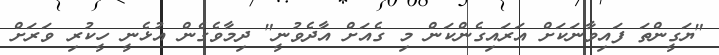
"ޔަގީންތަ ފައިވާނަކަށް އަރައިގެންކަން މި ގެއަށް އާދެވުނީ" ދިމާވެގެން އުޅެނީ ހީކުރި ވަރަށް